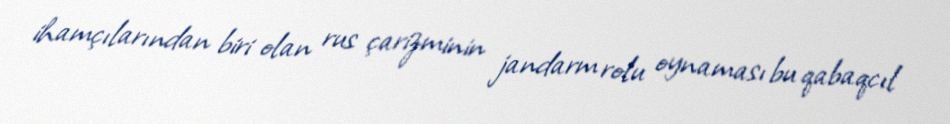
ihamçılarından biri olan rus çarizminin jandarm rolu oynaması bu qabaqcıl